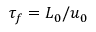
\tau _ { f } = L _ { 0 } / u _ { 0 }